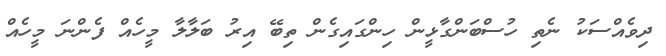
ދިވެއްސަކު ނެތި ހުސްބަންގާޅީން ހިންގައިގެން ތިބޭ އިރު ބަލާލާ މީހެއް ފެންނަ މީހެއް